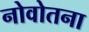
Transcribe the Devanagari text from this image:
नोवोतना